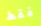
فقط